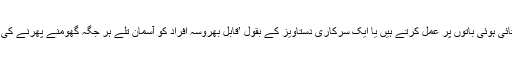
اس قسم کے اعداد وشمار اور نگرانی کا مقصد یہ ہے کہ ان لوگوں کو انعام دیا جائے جو حکومت کی بتائی ہوئی باتوں پر عمل کرتے ہیں یا ایک سرکاری دستاویز کے بقول ’قابل بھروسہ افراد کو آسمان تلے ہر جگہ گھومنے پھرنے کی اجازت دی جائے اور جن کا سکور کم ہو ان کے لیے گھر سے باہر قدم رکھنا بھی مشکل بنا دیا جائے۔